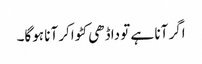
اگر آنا ہے تو داڈھی کٹواکر آنا ہوگا۔